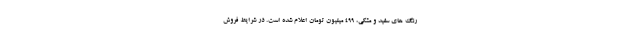
رنگ های سفید و مشکی، ۴۹۹ میلیون تومان اعلام شده است. در شرایط فروش